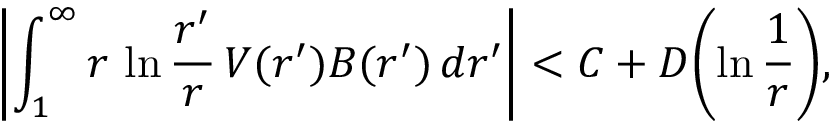
\left| \int _ { 1 } ^ { \infty } r \, \ln { \frac { r ^ { \prime } } { r } } \, V ( r ^ { \prime } ) B ( r ^ { \prime } ) \, d r ^ { \prime } \right| < C + D \biggl ( \ln { \frac { 1 } { r } } \biggr ) ,